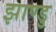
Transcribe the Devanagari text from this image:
झाण्डु